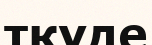
ткүде